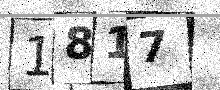
Text: 1817